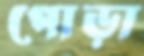
পোড়া